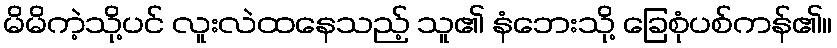
မိမိကဲ့သို့ပင် လူးလဲထနေသည့် သူ၏ နံဘေးသို့ ခြေစုံပစ်ကန်၏။